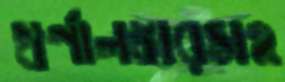
স্বর্ণালঙ্কারসহ